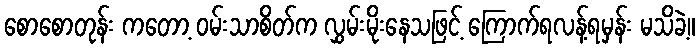
စောစောတုန်း ကတော့ ဝမ်းသာစိတ်က လွှမ်းမိုးနေသဖြင့် ကြောက်ရလန့်ရမှန်း မသိခဲ့။